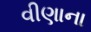
વીણાના